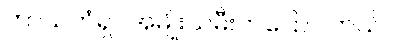
ကာယကံရှင်အမျိုးသမီးကပြောပါတယ်။